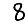
Digit: 8